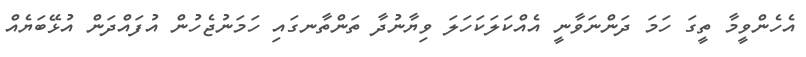
އެހެންވީމާ ތީގަ ހަމަ ދަންނަވާނީ އެއްކަލަކަހަލަ ވިޔާނުދާ ތަންތާނގައި ހަމަނުޖެހުން އުފައްދަން އުޅޭބަޔެއް